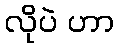
လိုပဲ ဟာ